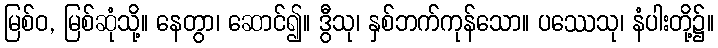
မြစ်ဝ, မြစ်ဆုံသို့။ နေတွာ၊ ဆောင်၍။ ဒွီသု၊ နှစ်ဘက်ကုန်သော။ ပဿေသု၊ နံပါးတို့၌။